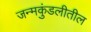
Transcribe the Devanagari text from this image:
जन्मकुंडलीतील